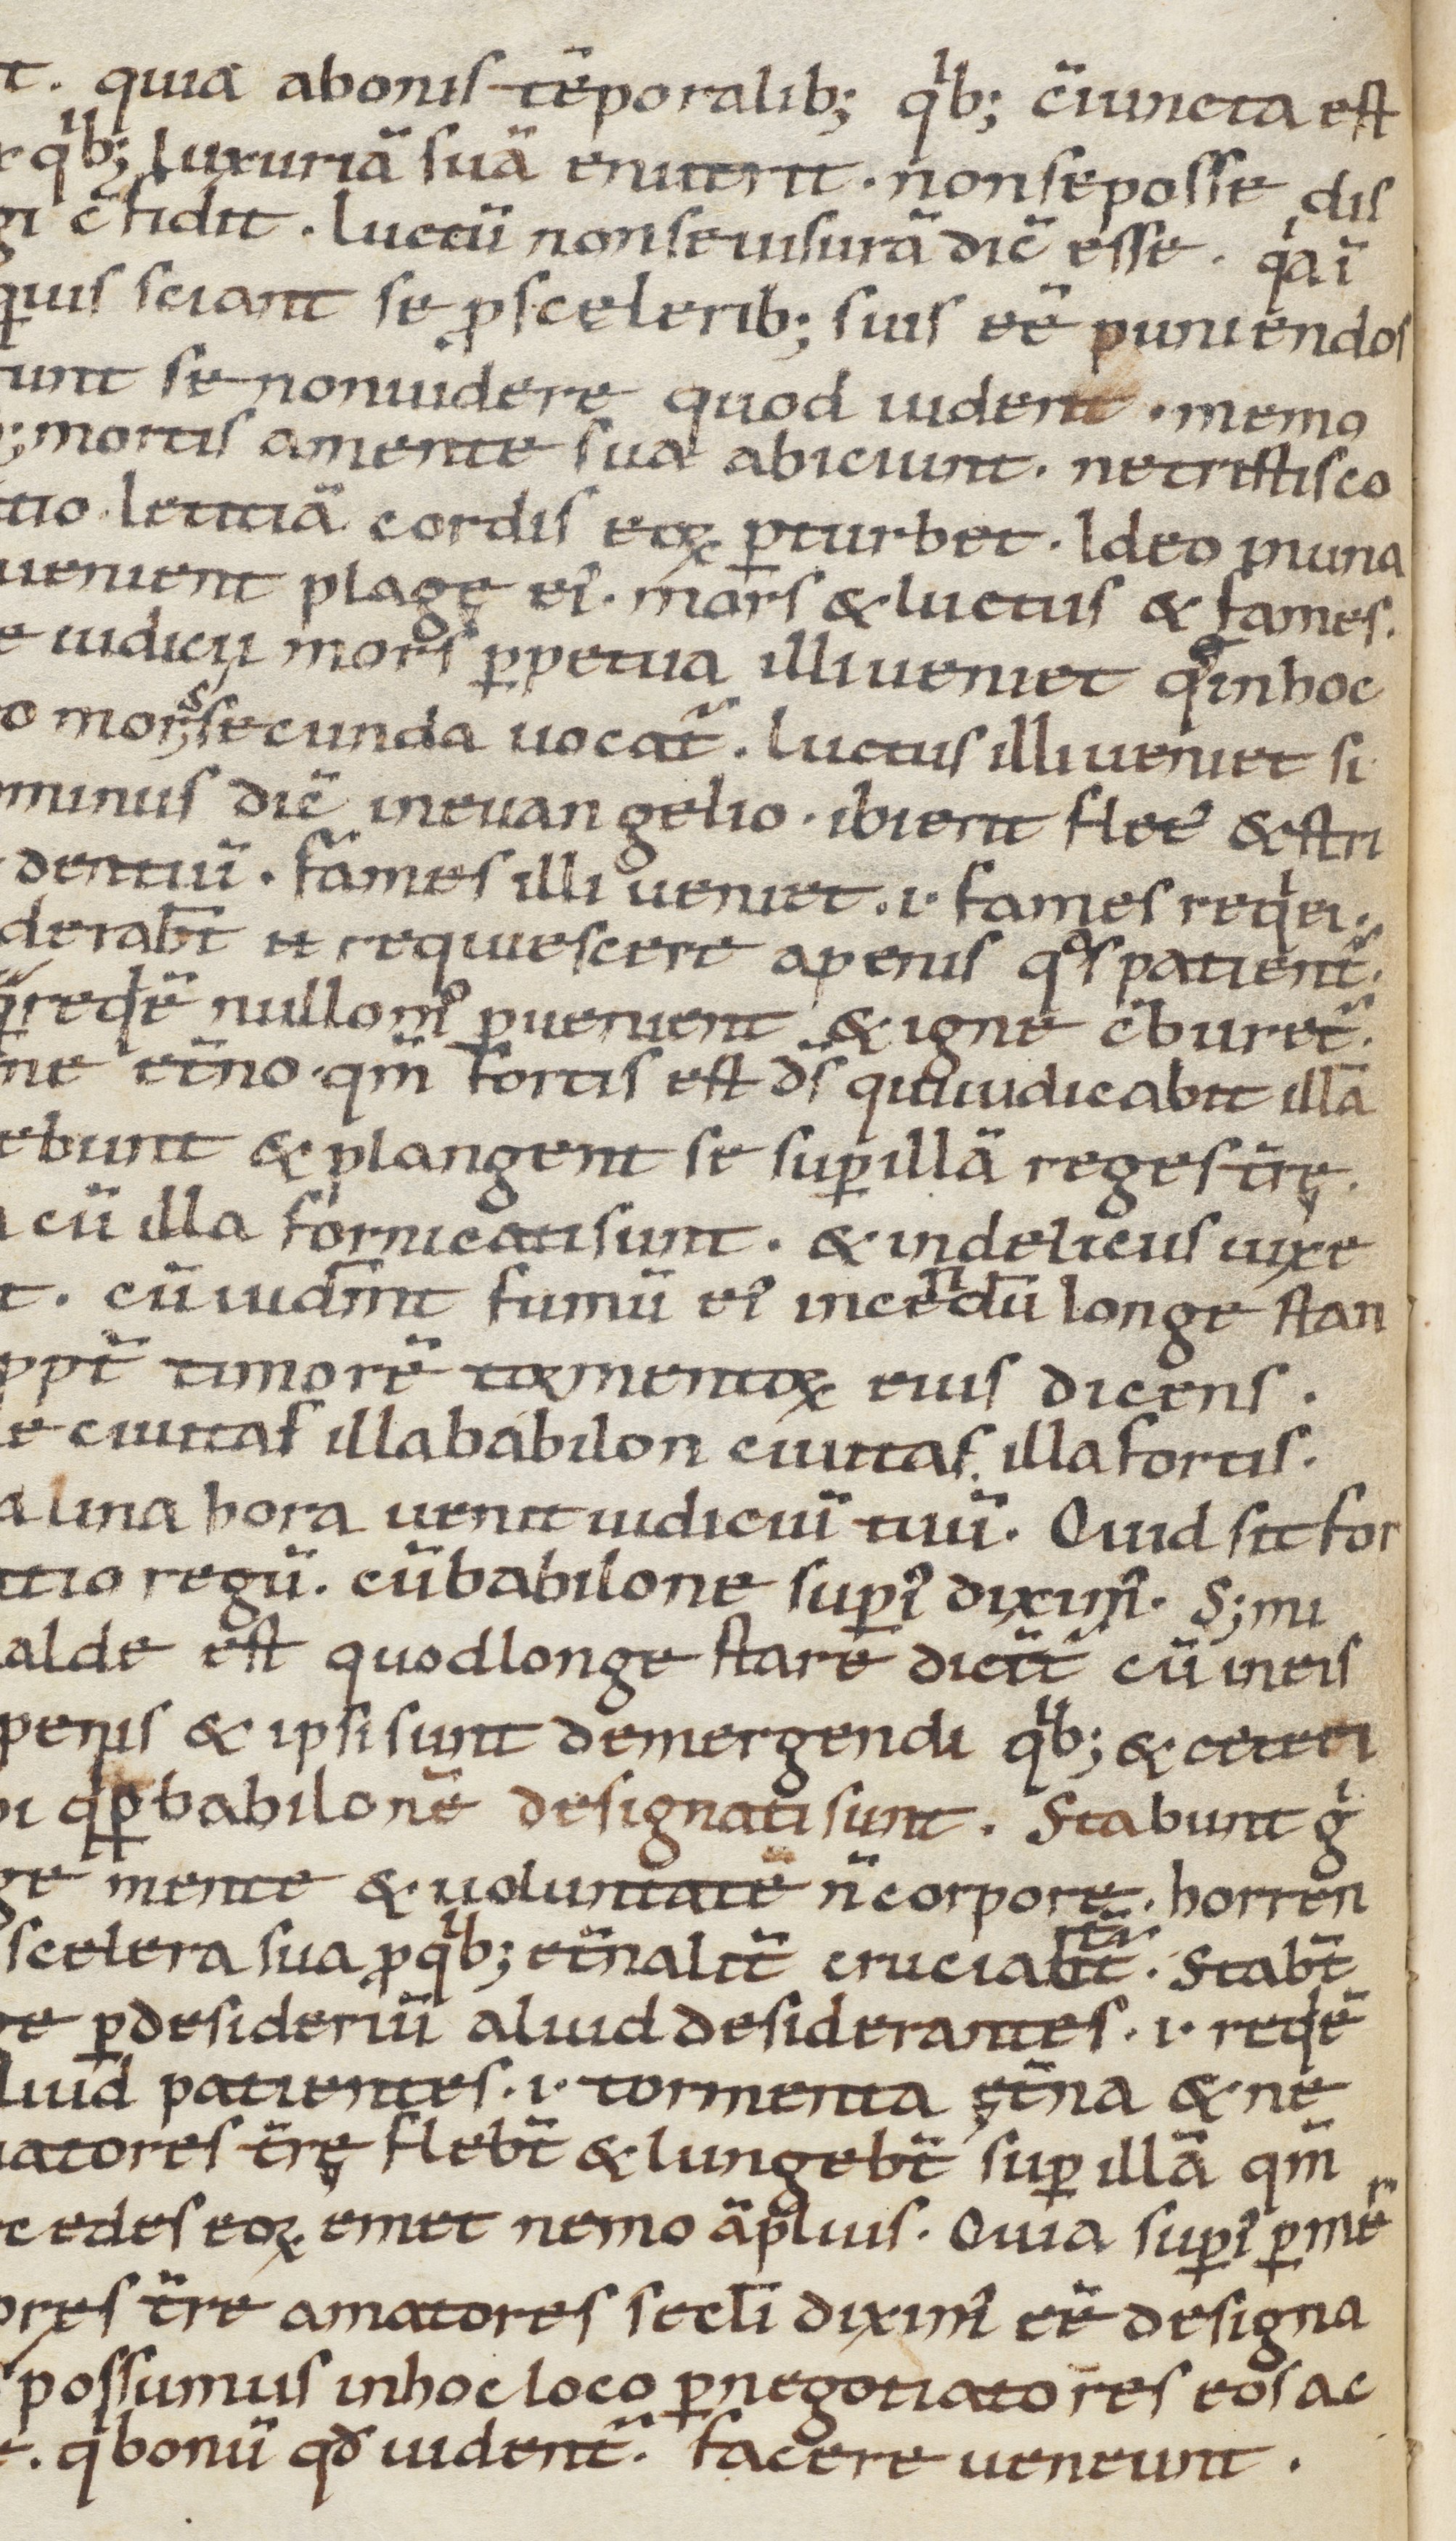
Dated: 1100–1199